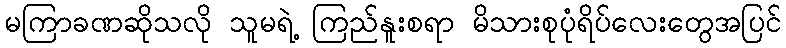
မကြာခဏဆိုသလို သူမရဲ့ ကြည်နူးစရာ မိသားစုပုံရိပ်လေးတွေအပြင်